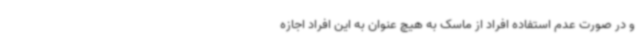
و در صورت عدم استفاده افراد از ماسک به هیچ عنوان به این افراد اجازه